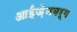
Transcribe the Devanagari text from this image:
आईज़ेनबर्ग